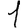
Digit: 1